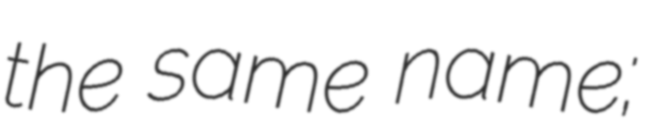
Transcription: the same name;